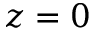
z = 0